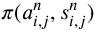
\pi ( a _ { i , j } ^ { n } , s _ { i , j } ^ { n } )